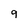
Character: 9